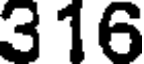
316